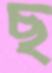
ছ